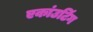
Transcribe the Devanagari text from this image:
एकांउटिंग